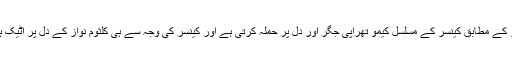
ڈاکٹرز کے مطابق کینسر کے مسلسل کیمو تھراپی جگر اور دل پر حملہ کرتی ہے اور کینسر کی وجہ سے ہی کلثوم نواز کے دل پر اٹیک ہوا ہے۔